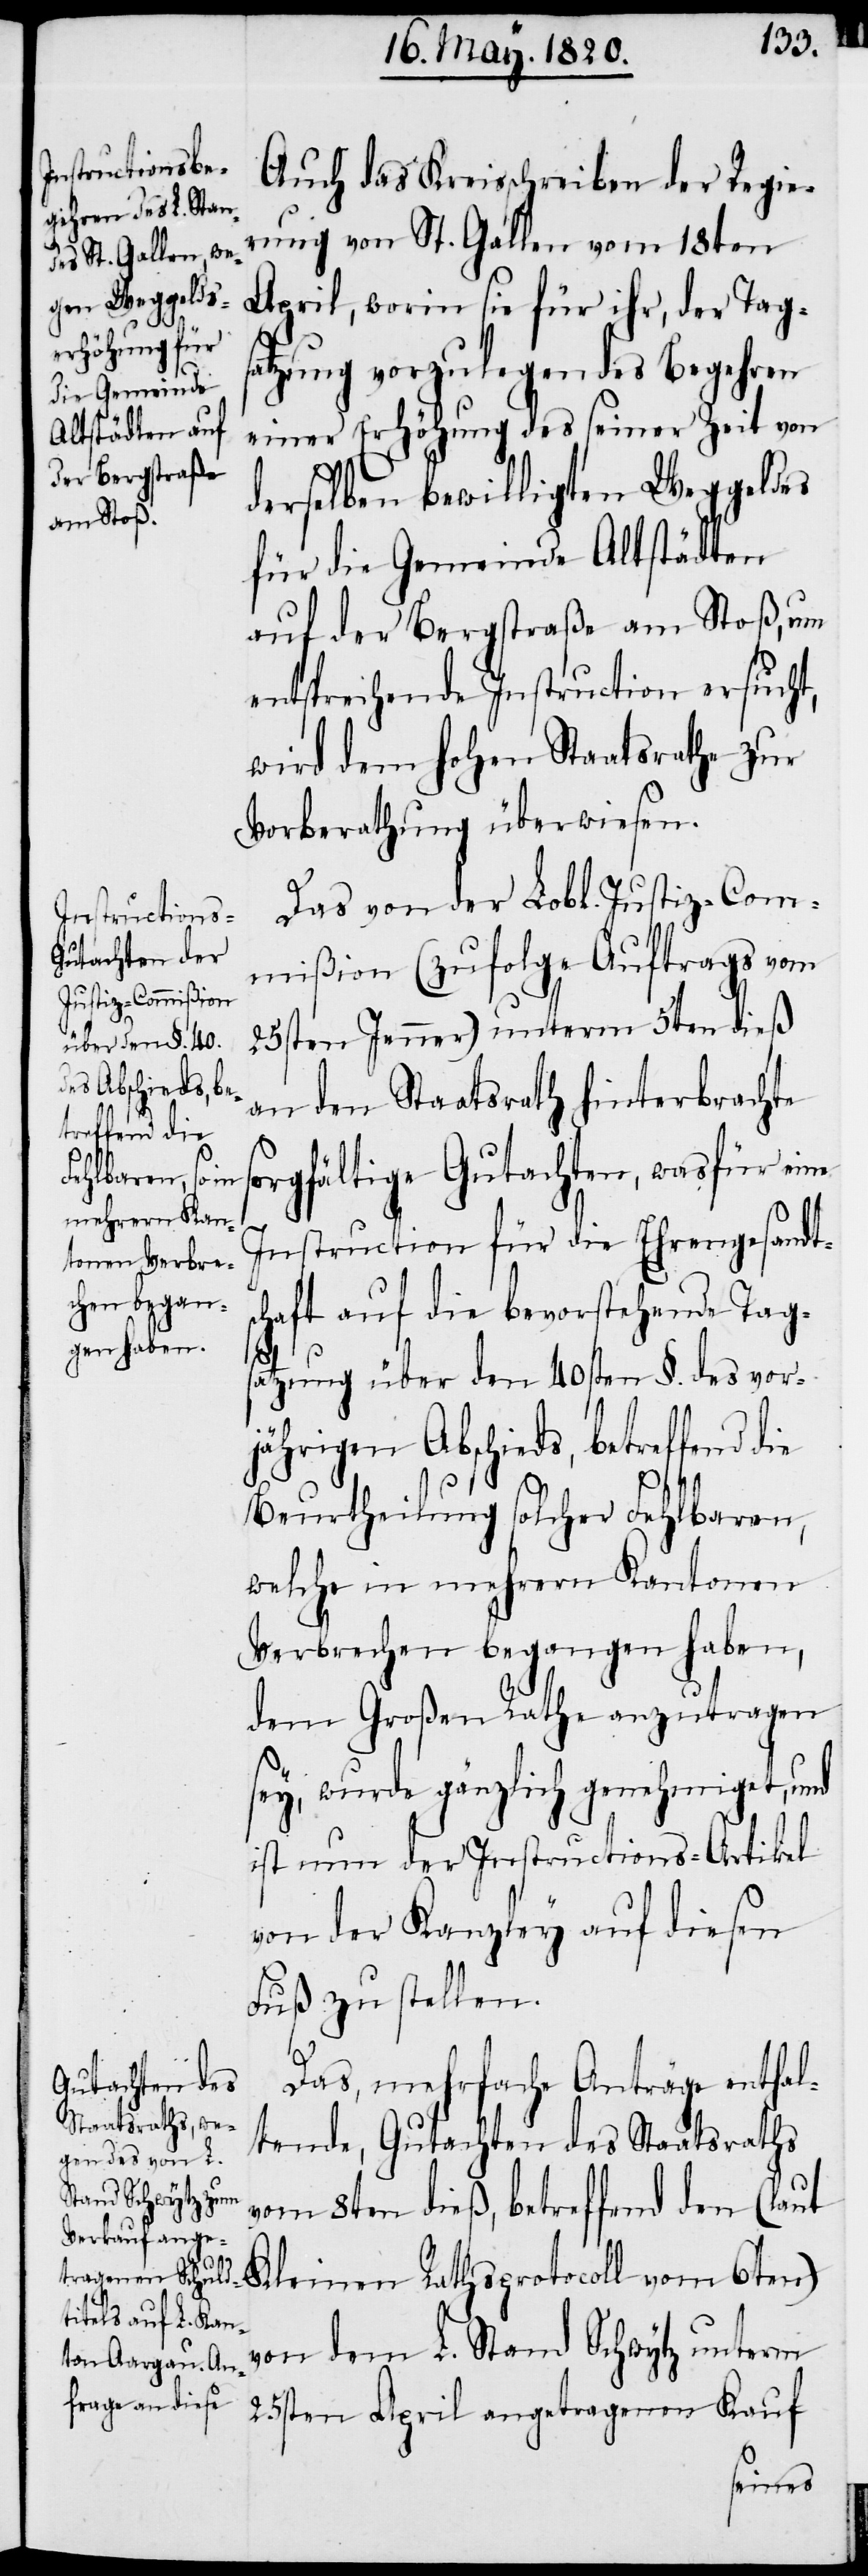
die

Auch das Kreisschreiben der Regie¬
rung von St. Gallen vom 18ten
April, worin sie für ihr, der Tag¬
satzung vorzulegendes Begehren
einer Erhöhung des seiner Zeit von
derselben bewilligten Weggeldes
für die Gemeinde Altstädten
auf der Bergstraße am Stoß, um
entsprechende Instruction ersucht,
wird dem Hohen Staatsrathe zur
Vorberathung überwiesen.
Das von der Lobl. Justiz-Com¬
mißion (zufolge Auftrags vom
25sten Jenner) unterm 5ten dieß
an den Staatsrath hinterbrachte
orgfältige Gutachten, was für eine
Instruction für die Ehrengesandts¬
chaft auf die bevorstehende Tags¬
atzung über den 40sten §. des vor¬
jährigen Abschieds, betreffend
Beurtheilung solcher Fehlbaren,
welche in mehrern Kantonen
Verbrechen begangen haben,
dem Großen Rathe anzutragen
sey, wurde gänzlich genehmiget, und
ist nun der Instructions-Artikel
von der Kanzley auf diesen
Fuß zu stellen.
Das, mehrfache Anträge enthal¬
tende, Gutachten des Staatsraths
vom 8ten dieß, betreffend den (laut
Kleinen Rathsprotocoll vom 6ten)
von dem L. Stand Schwytz unterm
25sten April angetragenen Kauf